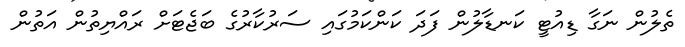
ތެލުން ނަގާ ޑިއުޓީ ކަނޑާލުން ފަދަ ކަންކަމުގައި ސަރުކާރުގެ ބަޖެޓަށް ރައްޔިތުން އަތުން